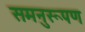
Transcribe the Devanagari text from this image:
समनुरूपण